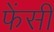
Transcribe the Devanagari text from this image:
फेंसी